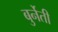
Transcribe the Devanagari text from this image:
बुर्नेती